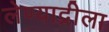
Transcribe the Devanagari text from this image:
लेण्याद्रीला